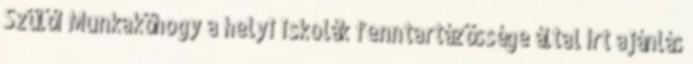
Szülői Munkaköhogy a helyi iskolák fenntartázössége által írt ajánlás